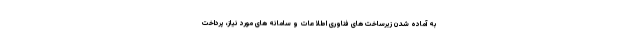
به آماده شدن زیرساخت های فناوری اطلاعات و سامانه های مورد نیاز، پرداخت